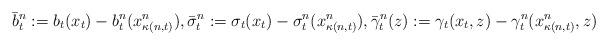
LaTeX: \begin{align*}\bar b^n_t:= b_t(x_t)-b^n_t(x^n_{\kappa(n,t)}) , \bar \sigma^n_t:=\sigma_t(x_t)-\sigma_t^n(x^n_{\kappa(n,t)}), \bar{\gamma}^n_{t}(z):=\gamma_t(x_{t},z)-\gamma_t^n(x^n_{\kappa(n,t)},z) \end{align*}